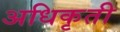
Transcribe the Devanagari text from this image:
अधिकृती